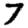
Digit: 7